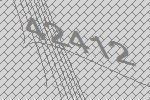
42412